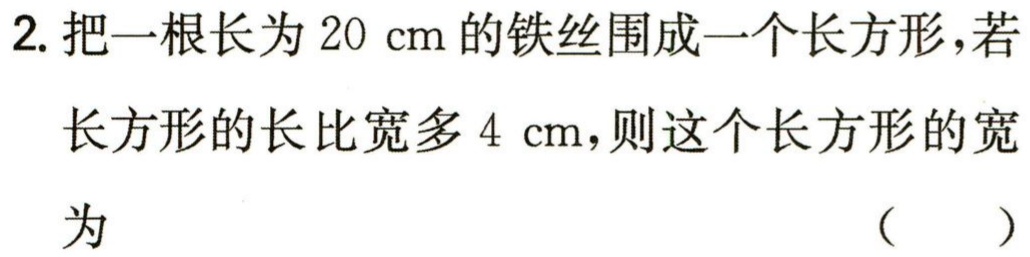
2. 把一根长为\(20\mathrm{cm}\)的铁丝围成一个长方形，若长方形的长比宽多\(4\mathrm{cm}\)，则这个长方形的宽为 （  ）